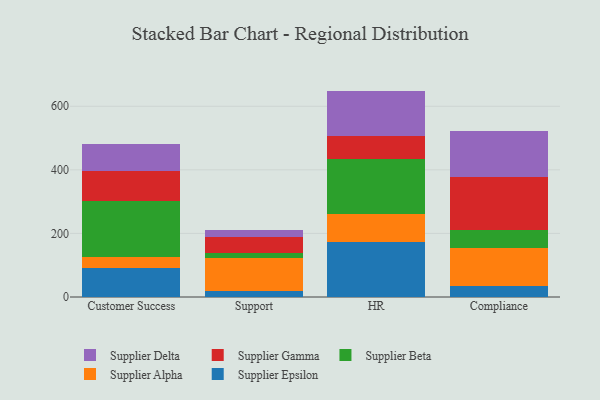
{"axis": {"x": "Department", "y": "Headcount"}, "legend": ["Supplier Alpha", "Supplier Beta", "Supplier Delta", "Supplier Epsilon", "Supplier Gamma"], "data": [{"x": "Customer Success", "y": 91.2, "type": "Supplier Epsilon"}, {"x": "Customer Success", "y": 34.0, "type": "Supplier Alpha"}, {"x": "Customer Success", "y": 177.2, "type": "Supplier Beta"}, {"x": "Customer Success", "y": 92.9, "type": "Supplier Gamma"}, {"x": "Customer Success", "y": 84.5, "type": "Supplier Delta"}, {"x": "Support", "y": 19.8, "type": "Supplier Epsilon"}, {"x": "Support", "y": 101.5, "type": "Supplier Alpha"}, {"x": "Support", "y": 17.9, "type": "Supplier Beta"}, {"x": "Support", "y": 49.4, "type": "Supplier Gamma"}, {"x": "Support", "y": 20.8, "type": "Supplier Delta"}, {"x": "HR", "y": 173.9, "type": "Supplier Epsilon"}, {"x": "HR", "y": 87.9, "type": "Supplier Alpha"}, {"x": "HR", "y": 172.7, "type": "Supplier Beta"}, {"x": "HR", "y": 71.3, "type": "Supplier Gamma"}, {"x": "HR", "y": 142.7, "type": "Supplier Delta"}, {"x": "Compliance", "y": 33.2, "type": "Supplier Epsilon"}, {"x": "Compliance", "y": 122.2, "type": "Supplier Alpha"}, {"x": "Compliance", "y": 53.9, "type": "Supplier Beta"}, {"x": "Compliance", "y": 168.1, "type": "Supplier Gamma"}, {"x": "Compliance", "y": 145.9, "type": "Supplier Delta"}]}